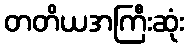
တတိယအကြီးဆုံး